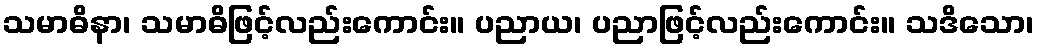
သမာဓိနာ၊ သမာဓိဖြင့်လည်းကောင်း။ ပညာယ၊ ပညာဖြင့်လည်းကောင်း။ သဒိသော၊